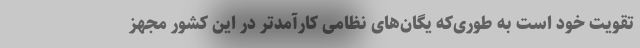
تقویت خود است به طوری‌که یگان‌های نظامی کارآمدتر در این کشور مجهز